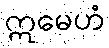
ဣမေဟံ